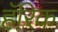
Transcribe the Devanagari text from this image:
हॅरिक